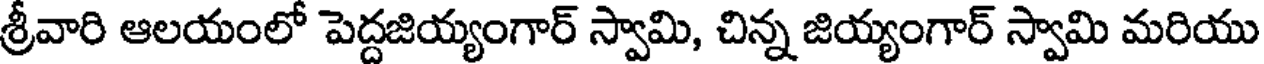
శ్రీవారి ఆలయంలో పెద్దజియ్యంగార్ స్వామి, చిన్న జియ్యంగార్ స్వామి మరియు